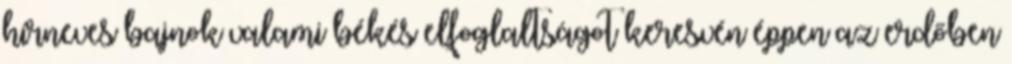
hírneves bajnok valami békés elfoglaltságot keresvén éppen az erdőben